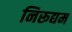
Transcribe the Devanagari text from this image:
निरूद्यम